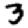
Digit: 3